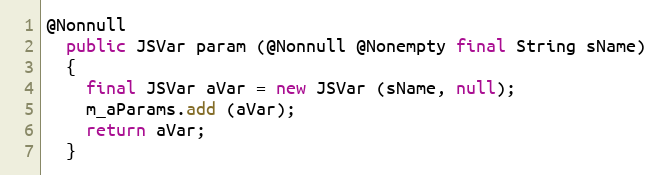
Language: Java
@Nonnull
  public JSVar param (@Nonnull @Nonempty final String sName)
  {
    final JSVar aVar = new JSVar (sName, null);
    m_aParams.add (aVar);
    return aVar;
  }